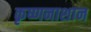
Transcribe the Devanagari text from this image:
कृष्णनाशान